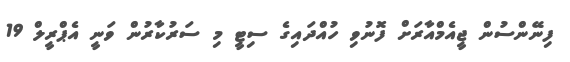
ފިނޭންސުން ޖީއެމްއާރަށް ފޮނުވި ހުއްދައިގެ ސިޓީ މި ސަރުކާރުން ވަނީ އެޕްރީލް 19